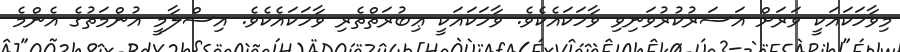
މިވާހަކައަކީ ވަރަށް އަސަރުކުރުވަނިވި ވާހަކައެކެވެ. ވާހަކައަކީ ޢިބުރަތްތެރި ވާހަކައެކެވެ. އިސްލާމީ އުންމަތުގެ އެންމެ